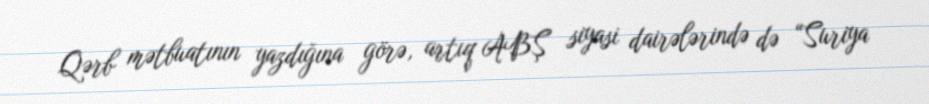
Qərb mətbuatının yazdığına görə, artıq ABŞ siyasi dairələrində də “Suriya